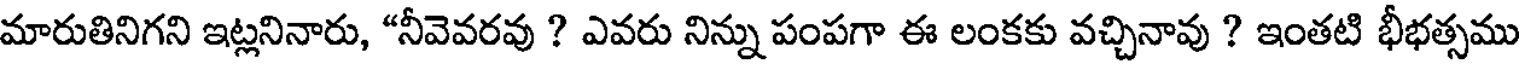
మారుతినిగని ఇట్లనినారు, "నీవెవరవు ? ఎవరు నిన్ను పంపగా ఈ లంకకు వచ్చినావు ? ఇంతటి భీభత్సము